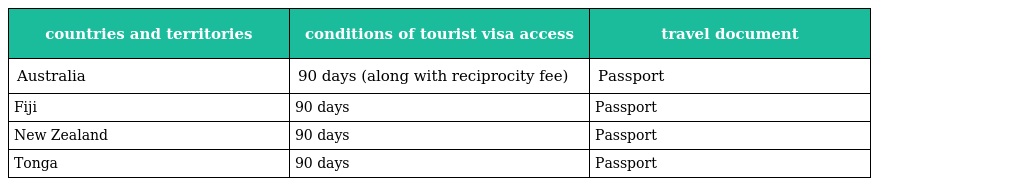
| countries and territories | conditions of tourist visa access | travel document |
 | --- | --- | --- |
 | Australia | 90 days (along with reciprocity fee) | Passport |
 | Fiji | 90 days | Passport |
 | New Zealand | 90 days | Passport |
 | Tonga | 90 days | Passport |